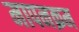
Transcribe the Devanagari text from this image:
मापनक्रम